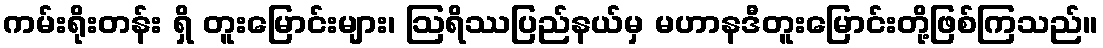
ကမ်းရိုးတန်း ရှိ တူးမြောင်းများ၊ ဩရိဿပြည်နယ်မှ မဟာနဒီတူးမြောင်းတို့ဖြစ်ကြသည်။